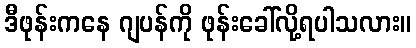
ဒီဖုန်းကနေ ဂျပန်ကို ဖုန်းခေါ်လို့ရပါသလား။